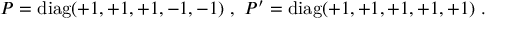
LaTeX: P = \mathrm { d i a g } ( + 1 , + 1 , + 1 , - 1 , - 1 ) ~ , ~ P ^ { \prime } = \mathrm { d i a g } ( + 1 , + 1 , + 1 , + 1 , + 1 ) ~ . ~ \,